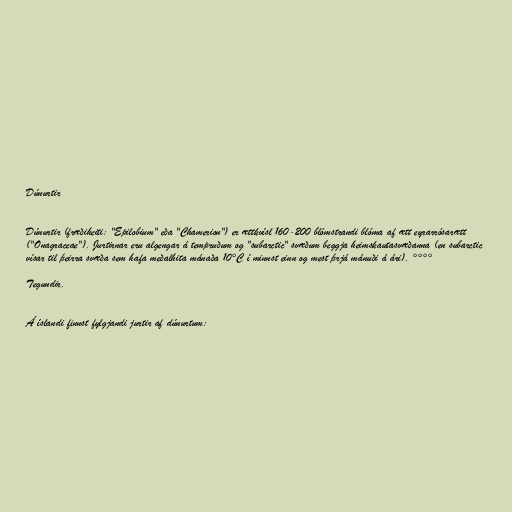
Dúnurtir

Dúnurtir (fræðiheiti: "Epilobium" eða "Chamerion") er ættkvísl 160-200 blómstrandi blóma af ætt eyrarrósarætt
("Onagraceae"). Jurtirnar eru algengar á tempruðum og "subarctic" svæðum beggja heimskautasvæðanna (en subarctic
vísar til þeirra svæða sem hafa meðalhita mánaða 10°C í minnst einn og mest þrjá mánuði á ári). °°°°

Tegundir.

Á íslandi finnst fylgjandi jurtir af dúnurtum: